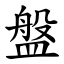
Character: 盤